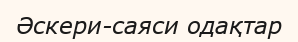
Әскери-саяси одақтар